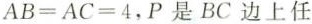
AB = AC = 4,P是BC边上任